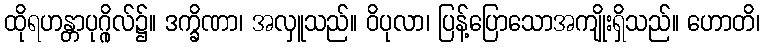
ထိုရဟန္တာပုဂ္ဂိုလ်၌။ ဒက္ခိဏာ၊ အလှူသည်။ ဝိပုလာ၊ ပြန့်ပြောသောအကျိုးရှိသည်။ ဟောတိ၊